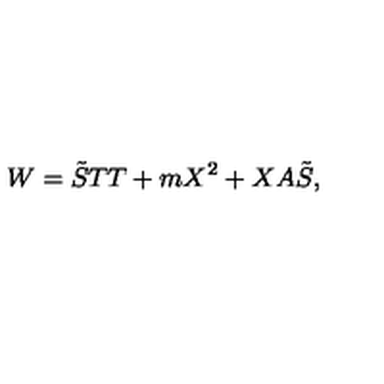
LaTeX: W = \tilde { S } T T + m X ^ { 2 } + X A \tilde { S } ,